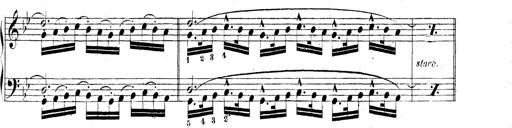
Title: Technische Studien
Composer: Franz Liszt